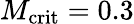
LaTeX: M_{\mathrm{crit}}=0.3